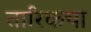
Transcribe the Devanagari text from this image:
तारिकचा